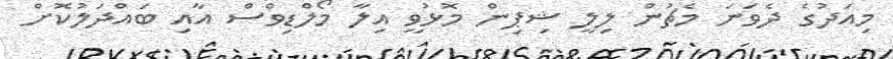
މިއަދުގެ ދެވަނަ މެޗުން ލިލީ ޝިޕިން މޮޅުވީ އިލާ މޯލްޑިވްސް އާއި ބައްދަލުކޮށް